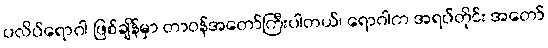
ပလိပ်ရောဂါ ဖြစ်ချိန်မှာ တာဝန်အတော်ကြီးပါတယ်၊ ရောဂါက အရပ်တိုင်း အတော်